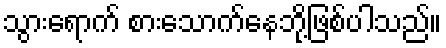
သွားရောက် စားသောက်နေဘို့ဖြစ်ပါသည်။